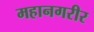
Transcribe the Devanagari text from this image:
महानगरीर